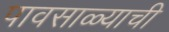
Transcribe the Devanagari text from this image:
पावसाळ्याची